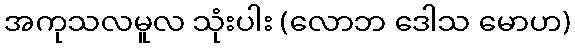
အကုသလမူလ သုံးပါး (လောဘ ဒေါသ မောဟ)